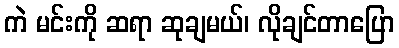
ကဲ မင်းကို ဆရာ ဆုချမယ်၊ လိုချင်တာပြော